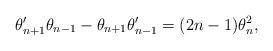
LaTeX: \begin{align*}\theta'_{n+1}\theta_{n-1} - \theta_{n+1}\theta_{n-1}' = (2n-1)\theta_n^2,\end{align*}